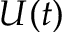
U ( t )